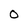
Character: O